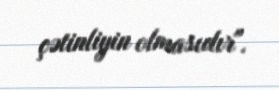
çətinliyin olmasıdır".